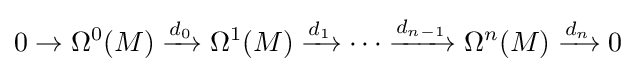
0\to \Omega ^{0}(M)\xrightarrow {d_{0}} \Omega ^{1}(M)\xrightarrow {d_{1}} \cdots \xrightarrow {d_{n-1}} \Omega ^{n}(M)\xrightarrow {d_{n}} 0